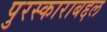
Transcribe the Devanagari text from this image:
पुरस्काराबद्दल